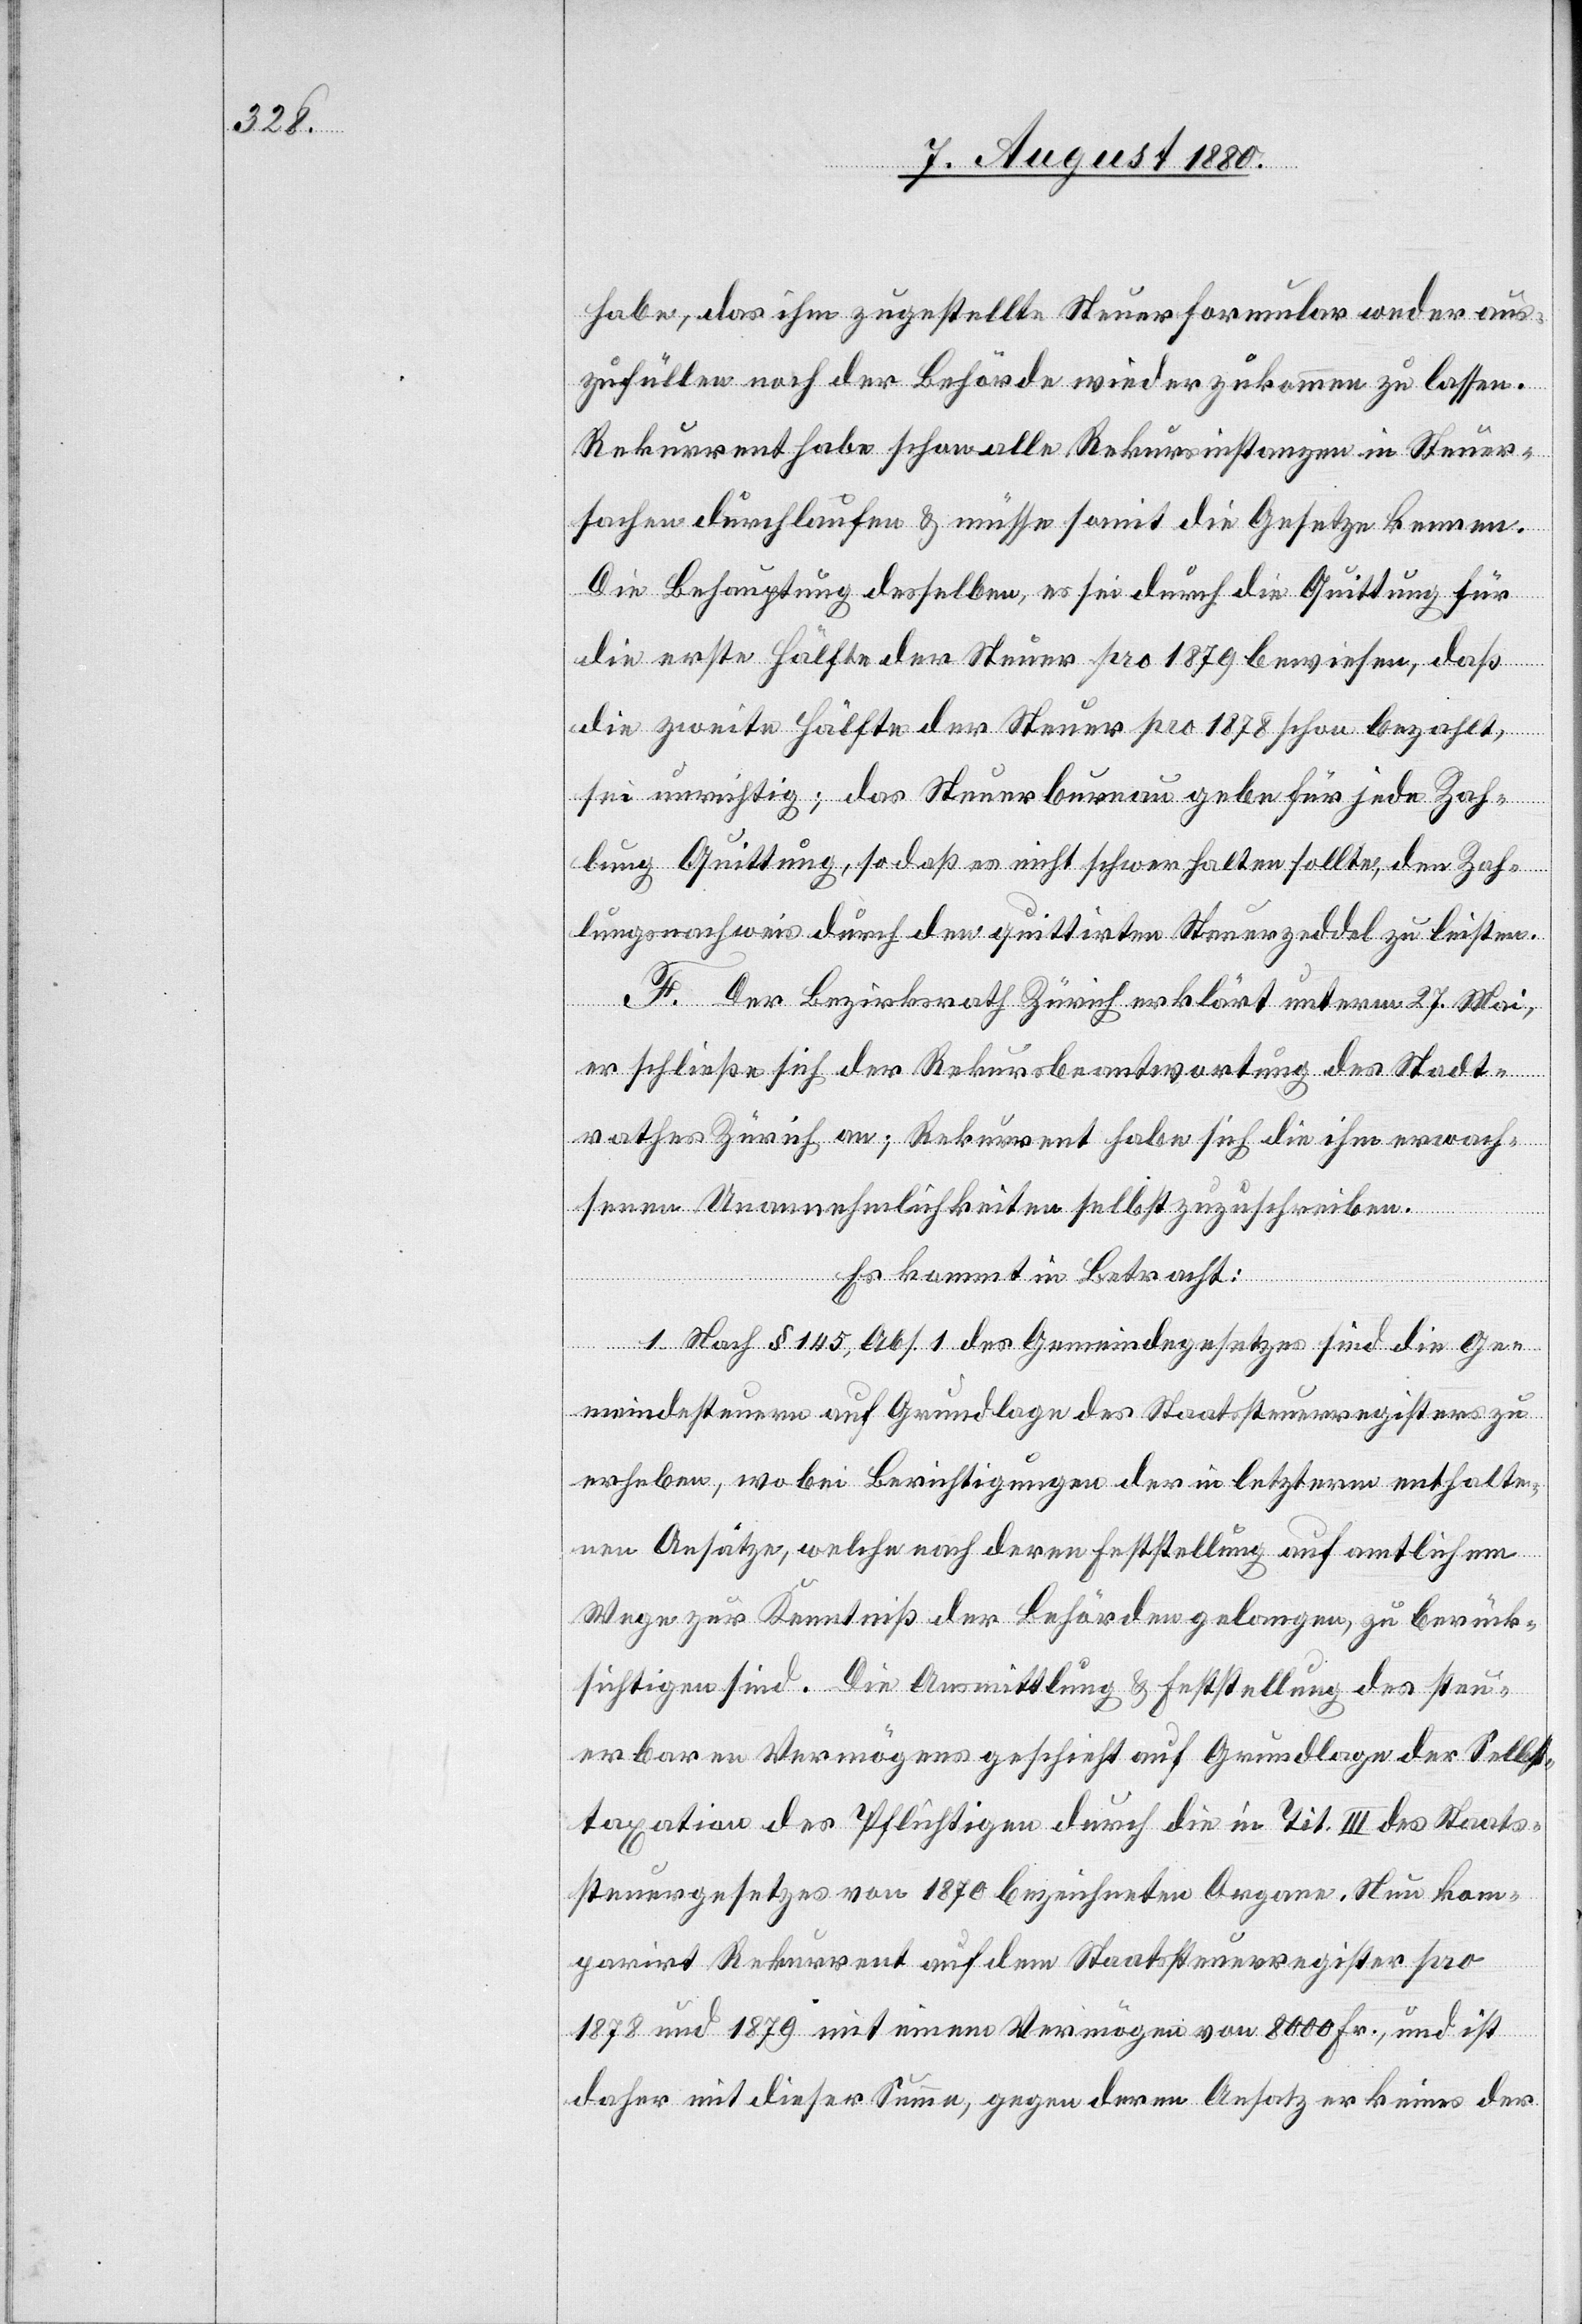
habe, das ihm zugstellte Steuerformular weder aus¬
zufüllen noch der Behörde wieder zukommen zu lassen.
Rekurrent habe schon alle Rekursinstanzen in Steuer¬
sachen durchlaufen & müsse somit die Gesetze kennen.
Die Behauptung desselben, es sei durch die Quittung für
die erste Hälfte der Steuer pro 1879 bewiesen, daß
die zweite Hälfte der Steuer pro 1878 schon bezahlt,
sei unrichtig; das Steuerbureau gebe für jede Zah¬
lung Quittung, so daß es nicht schwer falten [sic!] sollte, den Zah¬
lungsnachweis durch den quittirten Steuerzeddel zu leisten.
F. Der Bezirksrath Zürich erklärt unterm 27. Mai,
erschließe sich der Rekursbeantwortung des Stadt¬
rathes Zürich an; Rekurrent habe sich die ihm erwach¬
senen Unannehmlichkeiten selbst zuzuschreiben.
Es kommt in Betracht:
1. Nach § 145, Abs. 1 des Gemeindegesetzes sind die Ge¬
meindesteuern auf Grundlage des Staatssteuerregisters zu
erheben, wobei Berichtigungen der in letzteren enthalte¬
nen Ansätze, welche nach deren Erstellung auf amtlichem
Wege zur Kenntniß der Behörden gelangen, zu berück¬
sichtigen sind. Die Ausmittlung & Feststellung des steu¬
erbaren Vermögens geschieht auf Grundlage der Selbst¬
taxation des Pflichtigen durch die in Tit. III des Staats¬
steuergesetzes von 1870 bezeichneten Organen. Neu kom¬
parirt Rekurrent auf dem Staatssteuerregister pro
1878 und 1879 mit einem Vermögen von 8000 Fr., und ist
daher mit dieser Summe, gegen deren Ansatz er keines der